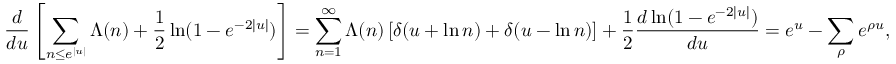
{ \frac { d } { d u } } \left[ \sum _ { n \leq e ^ { | u | } } \Lambda ( n ) + { \frac { 1 } { 2 } } \ln ( 1 - e ^ { - 2 | u | } ) \right] = \sum _ { n = 1 } ^ { \infty } \Lambda ( n ) \left[ \delta ( u + \ln n ) + \delta ( u - \ln n ) \right] + { \frac { 1 } { 2 } } { \frac { d \ln ( 1 - e ^ { - 2 | u | } ) } { d u } } = e ^ { u } - \sum _ { \rho } e ^ { \rho u } ,